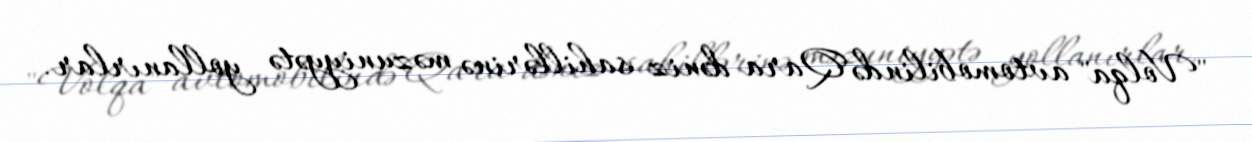
"Volqa" avtomobilində Qara dəniz sahillərinə məzuniyyətə yollanırlar.